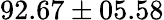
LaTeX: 92.67\pm 05.58